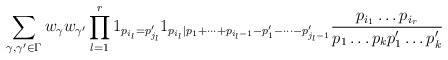
\begin{align*}\sum_{\gamma,\gamma' \in \Gamma} w_\gamma w_{\gamma'} \prod_{l=1}^r 1_{p_{i_l}=p'_{j_l}} 1_{p_{i_l}|p_1+\dots+p_{i_l-1} - p'_1 - \dots - p'_{j_l-1}} \frac{ p_{i_1} \dots p_{i_r} }{ p_1 \dots p_k p'_1 \dots p'_k }\end{align*}